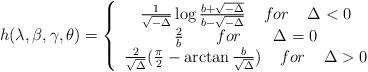
LaTeX: \begin{align*}h(\lambda ,\beta ,\gamma ,\theta) = \left\{\begin{array}{c}\frac{1}{\sqrt{-\Delta}} \log \frac{b+\sqrt{-\Delta}}{b-\sqrt{-\Delta}} \;\;\;\; for \;\;\;\; \Delta < 0 \\\frac{2}{b} \;\;\;\;\;\;\; for \;\;\;\;\;\;\; \Delta = 0 \\\frac{2}{\sqrt{\Delta}} (\frac{\pi}{2} - \arctan \frac{b}{\sqrt{\Delta}} ) \;\;\;\; for \;\;\;\; \Delta > 0 \end{array} \right.\end{align*}